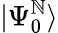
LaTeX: |\Psi_{0}^{\mathbb{N}}\rangle